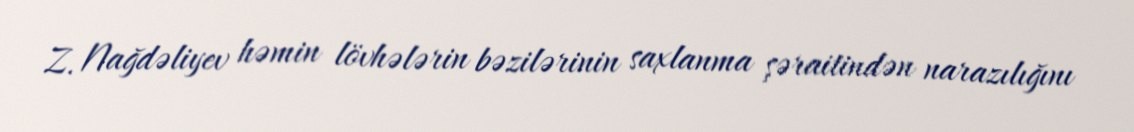
Z. Nağdəliyev həmin lövhələrin bəzilərinin saxlanma şəraitindən narazılığını